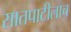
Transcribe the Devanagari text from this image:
सातपाटीलाच